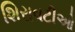
શિરાવટીઓ